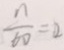
\frac { n } { 6 0 } = 2